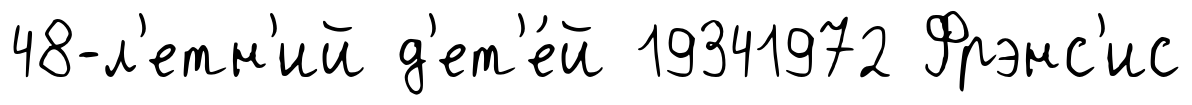
48-л'етн'ий д'ет'е́й 19341972 Фрэнс'ис